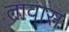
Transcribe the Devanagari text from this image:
तावास